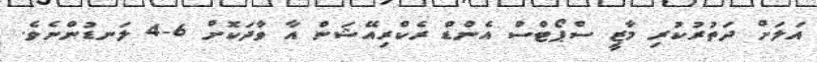
އަލަށް ދަތުރުކުރި މާޒީ ސްޕޯޓްސް އެންޑް ރެކްރިއޭޝަން އާ ވާދަކޮށް 6-4 ލަނޑުންނެވެ.